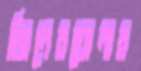
জিনেরঘোনার